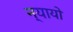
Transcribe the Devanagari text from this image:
न्यायो